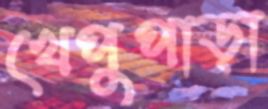
খেপুপাড়া